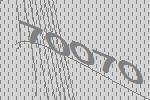
70070